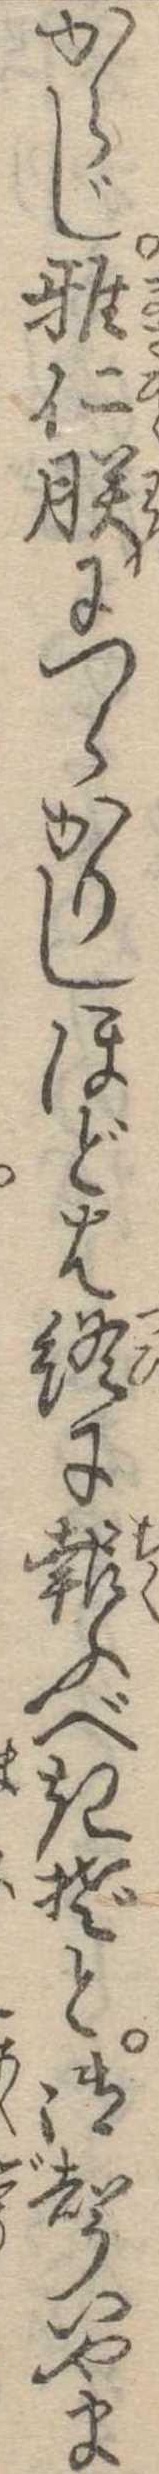
からじ雅仁朕につらかりしほどは終に報ふべきぞと御声いやま